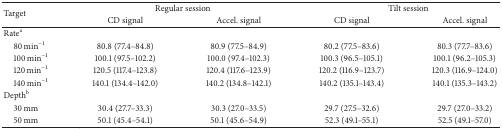
<table><thead><tr><td rowspan="2"><b>Target</b></td><td colspan="2"><b>Regular session </b></td><td colspan="2"><b>Tilt session</b></td></tr><tr><td><b> CD signal </b></td><td><b>Accel. signal </b></td><td><b>CD signal </b></td><td><b>Accel. signal</b></td></tr></thead><tbody><tr><td>Rate<sup>a</sup></td><td> </td><td> </td><td> </td><td> </td></tr><tr><td> 80 min<sup>−1</sup></td><td>80.8 (77.4–84.8) </td><td>80.9 (77.5–84.9) </td><td>80.2 (77.5–83.6) </td><td>80.3 (77.7–83.6)</td></tr><tr><td> 100 min<sup>−1</sup></td><td>100.1 (97.5–102.2) </td><td>100.0 (97.4–102.3) </td><td>100.3 (96.5–105.1) </td><td>100.1 (96.2–105.3) </td></tr><tr><td> 120 min<sup>−1</sup></td><td>120.5 (117.4–123.8) </td><td>120.4 (117.6–123.9) </td><td>120.2 (116.9–123.7) </td><td>120.3 (116.9–124.0) </td></tr><tr><td> 140 min<sup>−1</sup></td><td>140.1 (134.4–142.0) </td><td>140.2 (134.8–142.1) </td><td>140.2 (135.1–143.4) </td><td>140.1 (135.3–143.2) </td></tr><tr><td>Depth<sup>b</sup></td><td> </td><td> </td><td> </td><td> </td></tr><tr><td> 30 mm</td><td>30.4 (27.7–33.3) </td><td>30.3 (27.0–33.5) </td><td>29.7 (27.5–32.6) </td><td>29.7 (27.0–33.2) </td></tr><tr><td> 50 mm</td><td>50.1 (45.4–54.1) </td><td>50.1 (45.6–54.9) </td><td>52.3 (49.1–55.1) </td><td>52.5 (49.1–57.0) </td></tr></tbody></table>